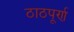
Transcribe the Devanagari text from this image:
ठाठपूर्ण